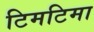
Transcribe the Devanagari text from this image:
टिमटिमा